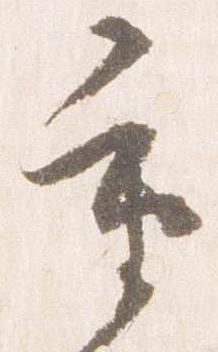
重